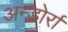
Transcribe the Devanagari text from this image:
अन्डोर्रा